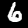
Label: 6